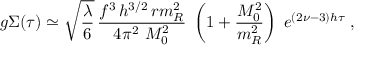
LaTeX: g \Sigma ( \tau ) \simeq \sqrt { \frac { \lambda } { 6 } } \, { \frac { f ^ { 3 } \, h ^ { 3 / 2 } \, r m _ { R } ^ { 2 } } { 4 \pi ^ { 2 } \, \, M _ { 0 } ^ { 2 } } } \; \left( 1 + { \frac { M _ { 0 } ^ { 2 } } { m _ { R } ^ { 2 } } } \right) \; e ^ { ( 2 \nu - 3 ) h \tau } \; ,